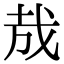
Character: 㦲